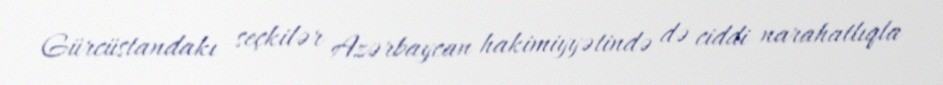
Gürcüstandakı seçkilər Azərbaycan hakimiyyətində də ciddi narahatlıqla